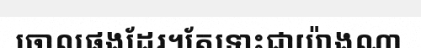
ចោលផងដែរ។តែទោះជាយ៉ាងណា